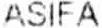
ASIFA